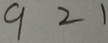
9 2 1